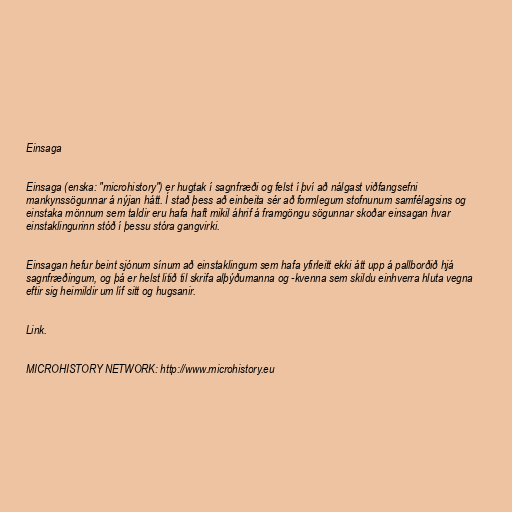
Einsaga

Einsaga (enska: "microhistory") er hugtak í sagnfræði og felst í því að nálgast viðfangsefni
mankynssögunnar á nýjan hátt. Í stað þess að einbeita sér að formlegum stofnunum samfélagsins og
einstaka mönnum sem taldir eru hafa haft mikil áhrif á framgöngu sögunnar skoðar einsagan hvar
einstaklingurinn stóð í þessu stóra gangvirki.

Einsagan hefur beint sjónum sínum að einstaklingum sem hafa yfirleitt ekki átt upp á pallborðið hjá
sagnfræðingum, og þá er helst litið til skrifa alþýðumanna og -kvenna sem skildu einhverra hluta vegna
eftir sig heimildir um líf sitt og hugsanir.

Link.

MICROHISTORY NETWORK: http://www.microhistory.eu